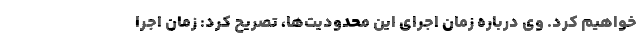
خواهیم کرد. وی درباره زمان اجرای این محدودیت‌ها، تصریح کرد: زمان اجرا